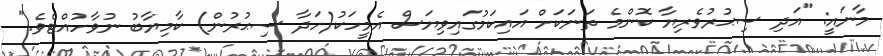
މާނައީ: "އަދި ސިޙުރުވެރިޔާ ކޮންމެ ތަނަކަށް އައިކަމުގައިވިޔަސް އެމީހަކު(ހަދާ ސިޙުރުން) ކާމިޔާބު ނުވާހުއްޓެވެ."